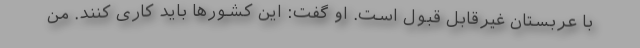
با عربستان غیرقابل قبول است. او گفت: این کشورها باید کاری کنند. من